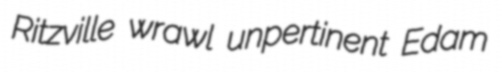
Ritzville wrawl unpertinent Edam